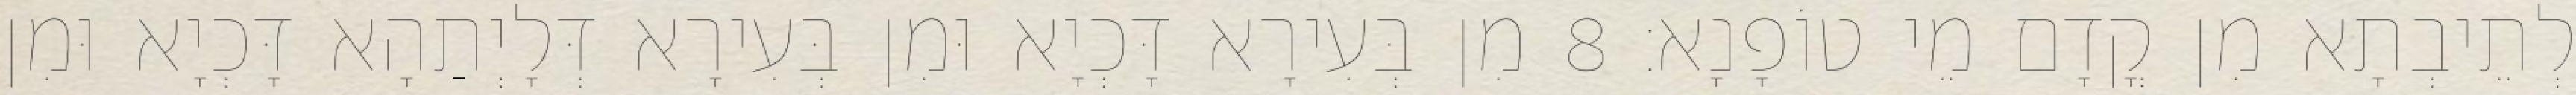
לְתֵיבְתָא מִן קֳדָם מֵי טוֹפָנָא׃ 8 מִן בְּעִירָא דָּכְיָא וּמִן בְּעִירָא דְּלָיְתַהָא דָּכְיָא וּמִן